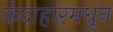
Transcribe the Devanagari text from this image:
कंदाहारमधून